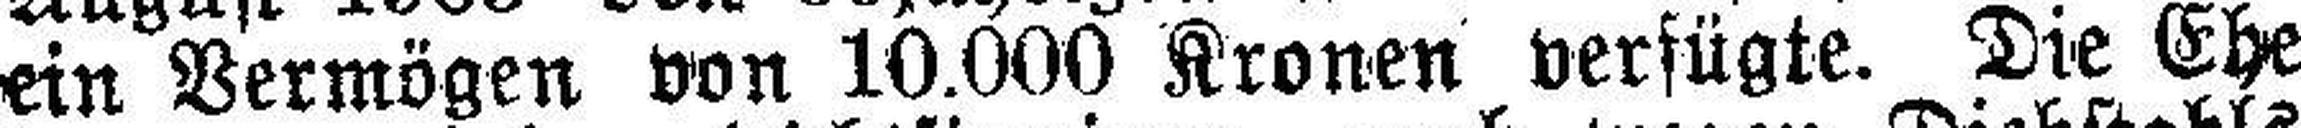
ein Vermögen von 10.000 Kronen verfügte. Die Ehe